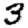
Digit: 3